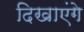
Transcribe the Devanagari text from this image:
दिखाएंगे